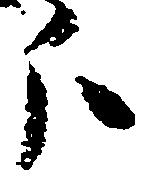
分